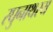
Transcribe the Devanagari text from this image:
रघुनाथस्य